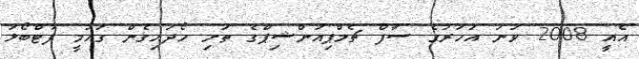
އެއީ 2008 ވަނަ އަހަރުގެ ސާފް ޗެމްޕިއަންޝިޕްގެ ތަށި ހޯދައިގެން ގައުމީ ފުޓްބޯޅަ